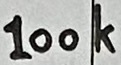
Text: 100k